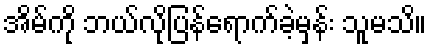
အိမ်ကို ဘယ်လိုပြန်ရောက်ခဲ့မှန်း သူမသိ။